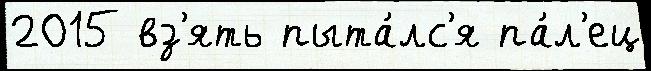
2015 вз'ять пыта́лс'я па́л'ец